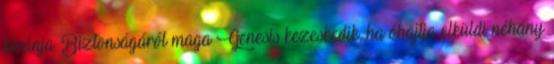
kívánja. Biztonságáról maga Genesis kezeskedik, ha óhajtja elküldi néhány